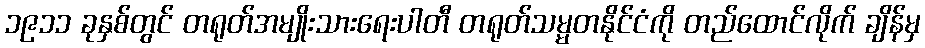
၁၉၁၁ ခုနှစ်တွင် တရုတ်အမျိုးသားရေးပါတီ တရုတ်သမ္မတနိုင်ငံကို တည်ထောင်လိုက် ချိန်မှ